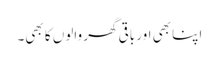
اپنا بھی اور باقی گھر والوں کا بھی۔